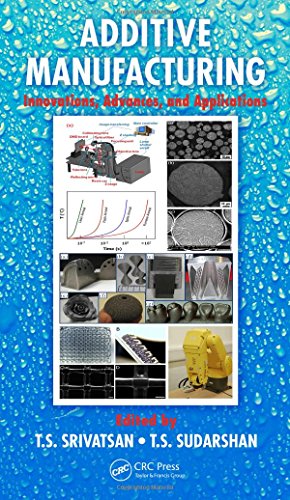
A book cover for Additive Manufacturing: Innovations, Advances, and Applications; Engineering & Transportation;